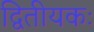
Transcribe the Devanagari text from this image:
द्वितीयकः